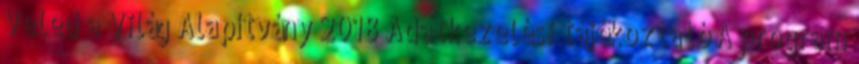
Veled a Világ Alapítvány 2018 Adatkezelési tájékoztató A program